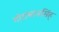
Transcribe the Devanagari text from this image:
गोरामानसिंह्